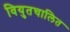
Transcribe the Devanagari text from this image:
वियुतचालित